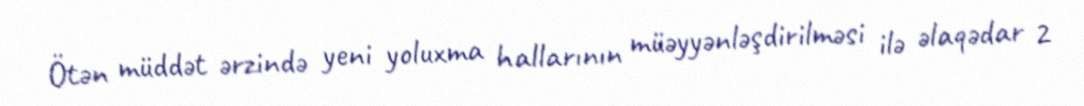
Ötən müddət ərzində yeni yoluxma hallarının müəyyənləşdirilməsi ilə əlaqədar 2